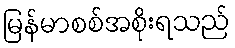
မြန်မာစစ်အစိုးရသည်